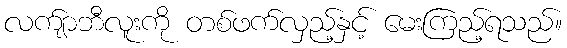
လက်ျာဘီလူးကို တစ်ဖက်လှည့်နှင့် မေးကြည့်ရသည်။